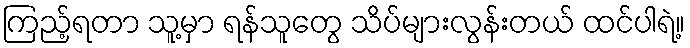
ကြည့်ရတာ သူ့မှာ ရန်သူတွေ သိပ်များလွန်းတယ် ထင်ပါရဲ့။